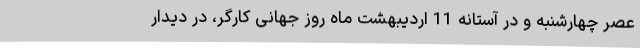
عصر چهارشنبه و در آستانه 11 اردیبهشت ماه روز جهانی کارگر، در دیدار